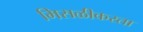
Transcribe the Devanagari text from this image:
मिसळीकरता